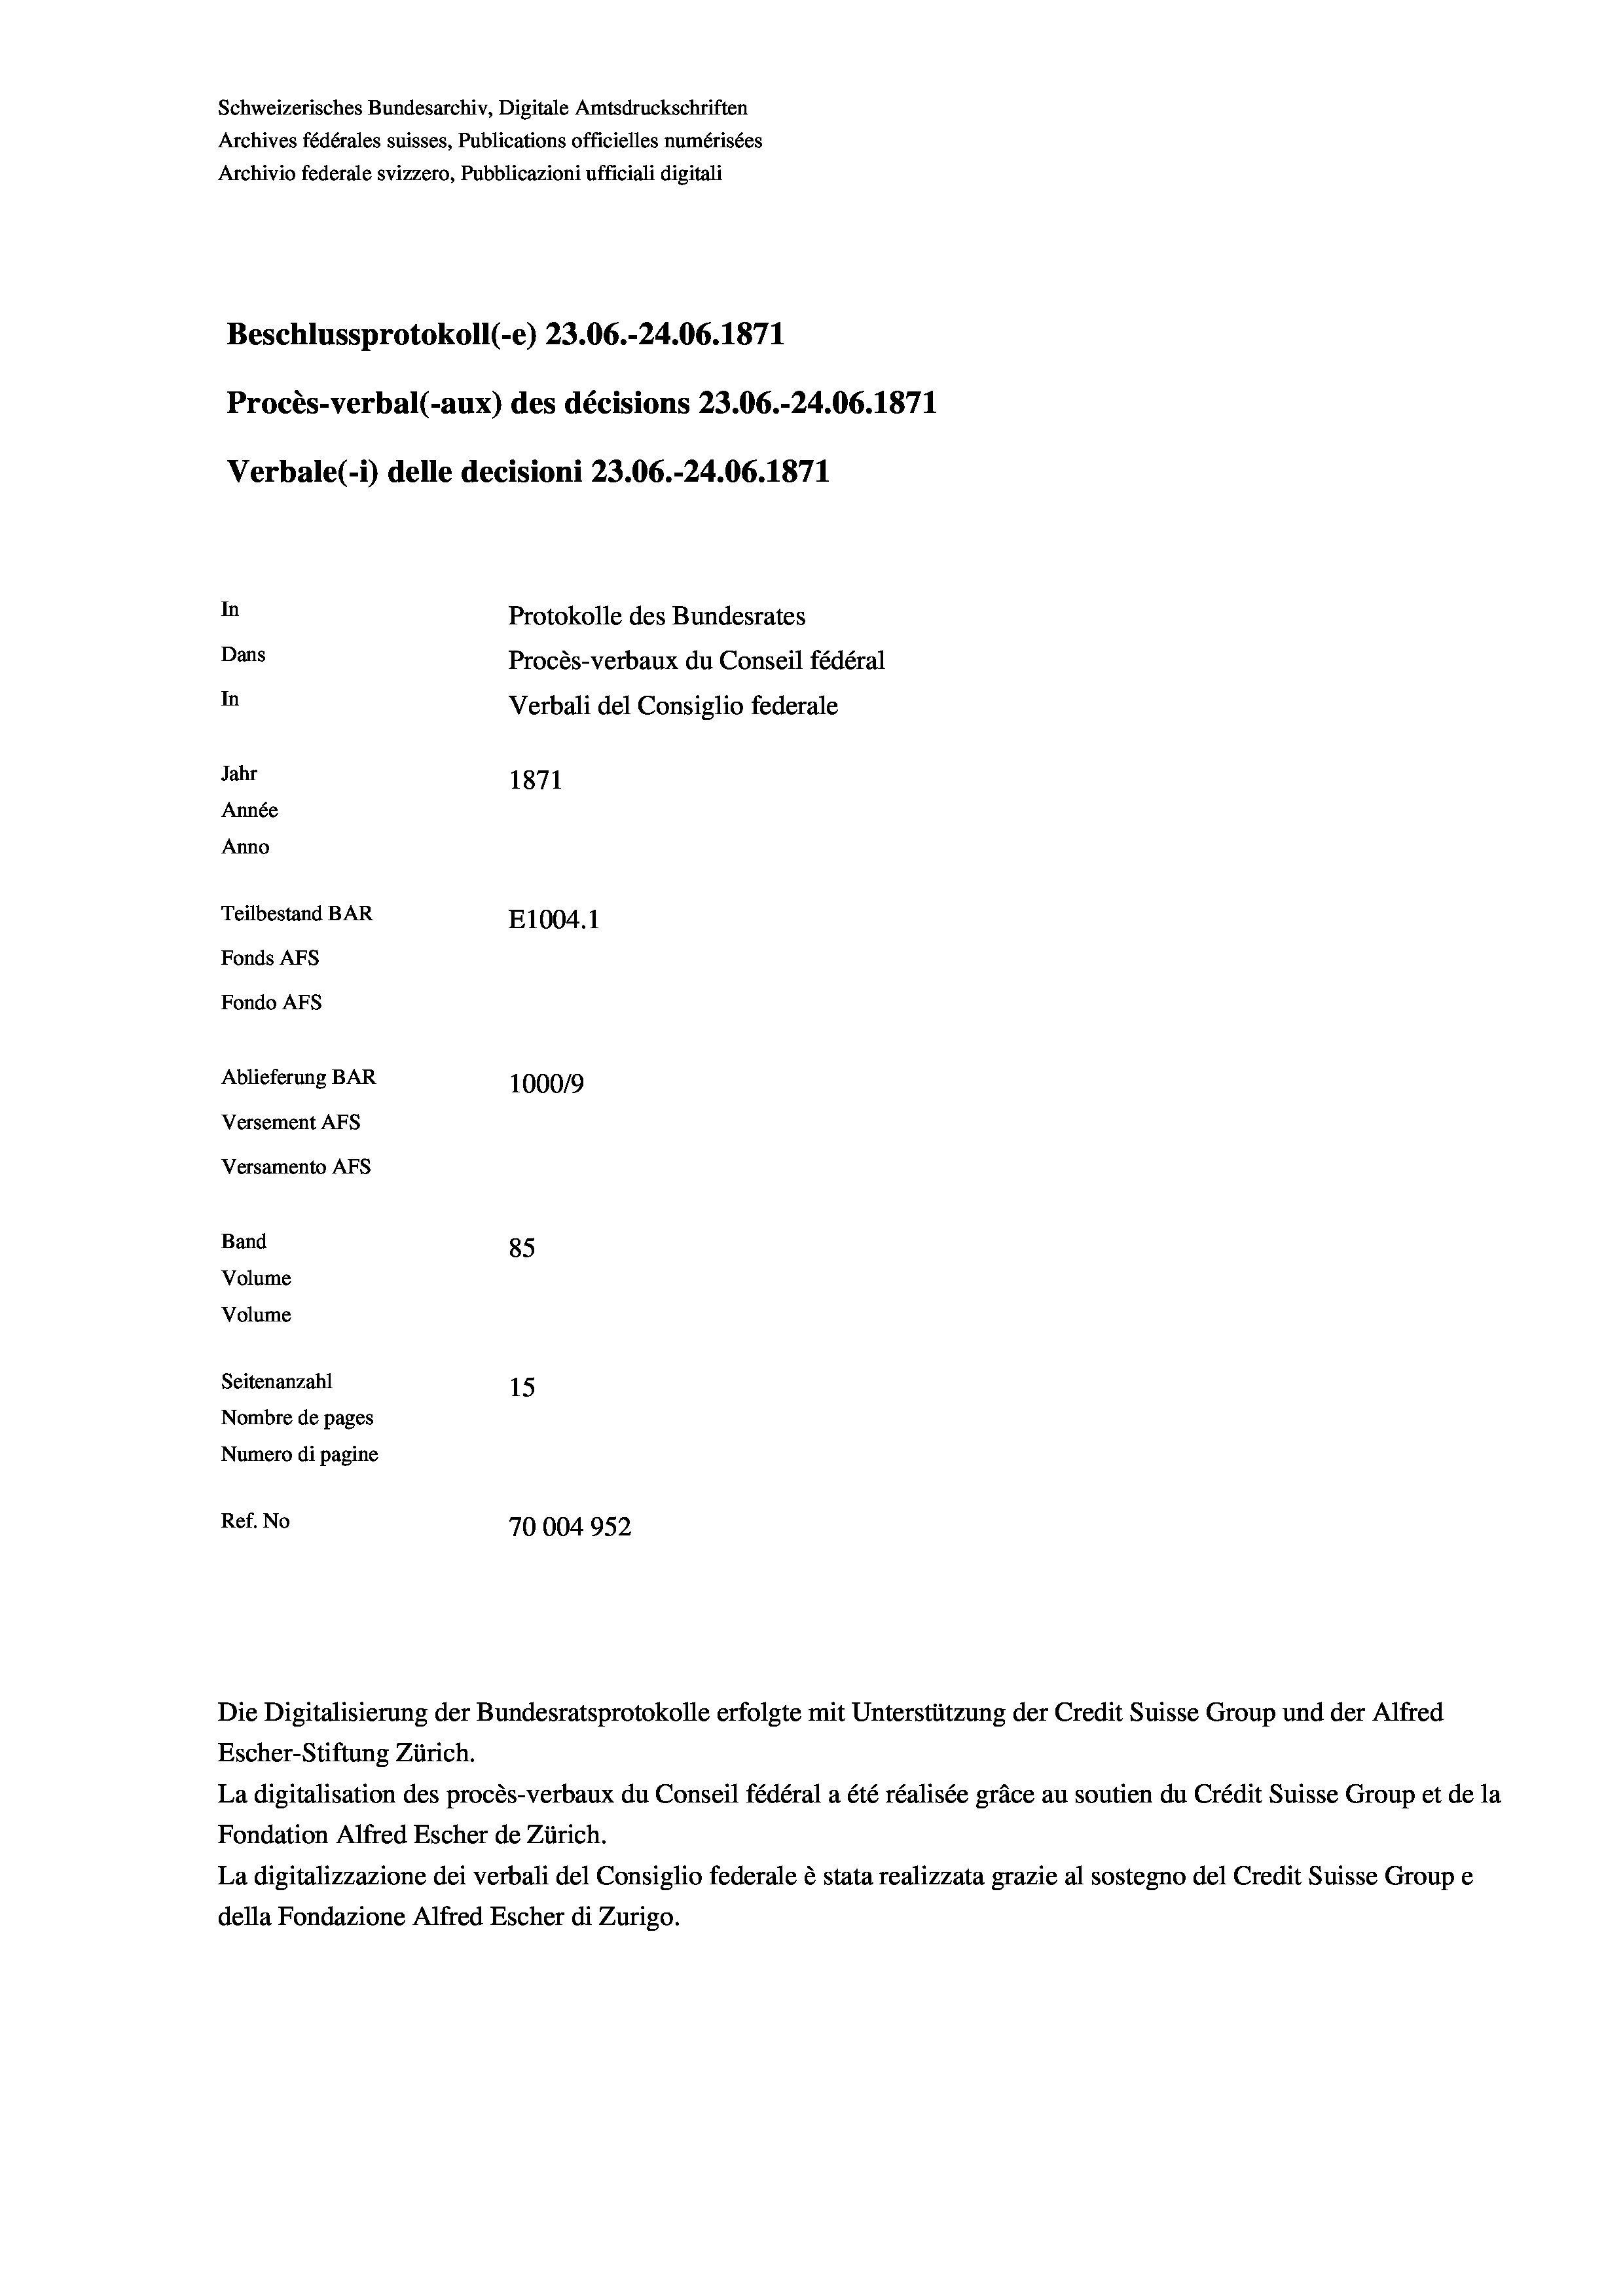
Schweizerisches Bundesarchiv, Digitale Amtsdruckschriften
Archives fédérales suisses, Publications officielles numérisées
Archivio federale svizzero, Pubblicazioni ufficiali digitali
Beschlussprotokoll (-e) 23.06.-24.06. 1871
Procès-verbal (-aux) des décisions 23.06.-24.06. 1871
Verbale (- 1) delle decisioni 23.06.-24.06. 1871
In
Protokolle des Bundesrates
Dans
Procès-verbaux du Conseil fédéral
In
Verbali del Consiglio federale
Jahr
1871
Année
Anno
Teilbestand BAR
E1004. 1
Fonds AFs
Fondo AFs
Ablieferung BAR
100019
Versement AFs
Versamento Afs

85
15
Nombre de pages
Numero di pagine
Ref. No
70004952

Band
Volume

Volume
Seitenanzahl

Escher-Stiftung Zürich.
La digitalisation des procès-verbaux du Conseil fédéral a été réalisée gräce au soutien du Crédit Suisse Group et de la
Fondation Alfred Escher de Zürich.
La digitalizzazione dei verbali del Consiglio federale è stata realizzata grazie al sostegno del Credit Suisse Groupe
della Fondazione Alfred Escher di Zurigo.

Die Digitalisierung der Bundesratsprotokolle erfolgte mit Unterstützung der Credit Suisse Group und der Alfred